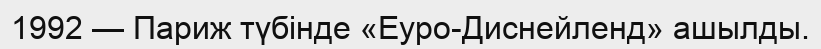
1992 — Париж түбінде «Еуро-Диснейленд» ашылды.